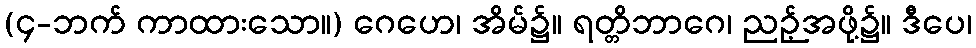
(၄-ဘက် ကာထားသော။) ဂေဟေ၊ အိမ်၌။ ရတ္တိဘာဂေ၊ ညဉ့်အဖို့၌။ ဒီပေ၊